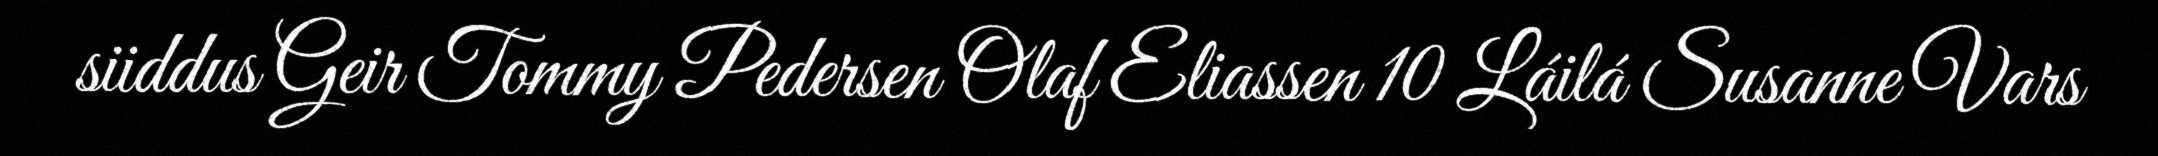
siiddus Geir Tommy Pedersen Olaf Eliassen 10 Láilá Susanne Vars